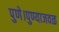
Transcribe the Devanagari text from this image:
पुणे।पुण्याजवळ